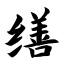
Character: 缮